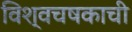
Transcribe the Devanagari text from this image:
विश्वचषकाची